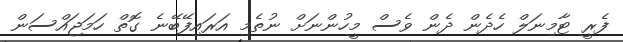
ފެރީ ޓާމިނަލް ހެދެން ދެން ވެސް މީހުންނަށް ނުތެމި އަރައިފޭބޭނެ ގޮތް ހަމަޖައްސަން